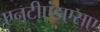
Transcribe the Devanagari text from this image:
एनटीएंडएसए